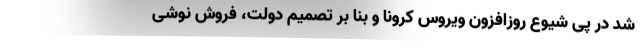
شد در پی شیوع روزافزون ویروس کرونا و بنا بر تصمیم دولت، فروش نوشی